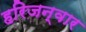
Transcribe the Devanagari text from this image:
हरिजन्वार